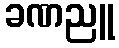
ခဏညူ